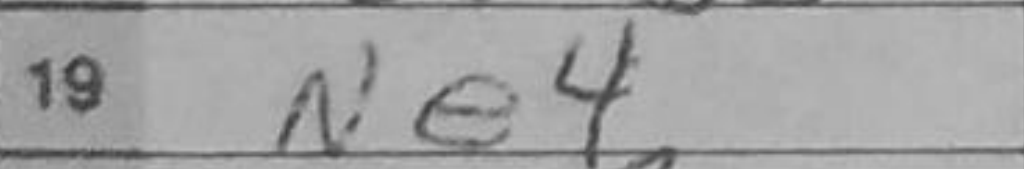
Transcription: Ne4